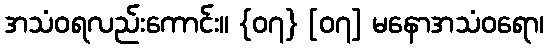
အသံဝရလည်းကောင်း။ {၀၇} [၀၇] မနောအသံဝရော၊